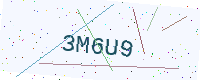
Text: 3M6U9